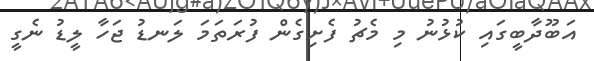
އަބޫދާބީގައި ކުޅުނު މި މެޗު ފެށިގެން ފުރަތަމަ ލަނޑު ޖަހާ ލީޑު ނެގީ